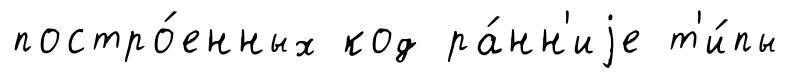
постро́енных код ра́нн'иjе т'и́пы